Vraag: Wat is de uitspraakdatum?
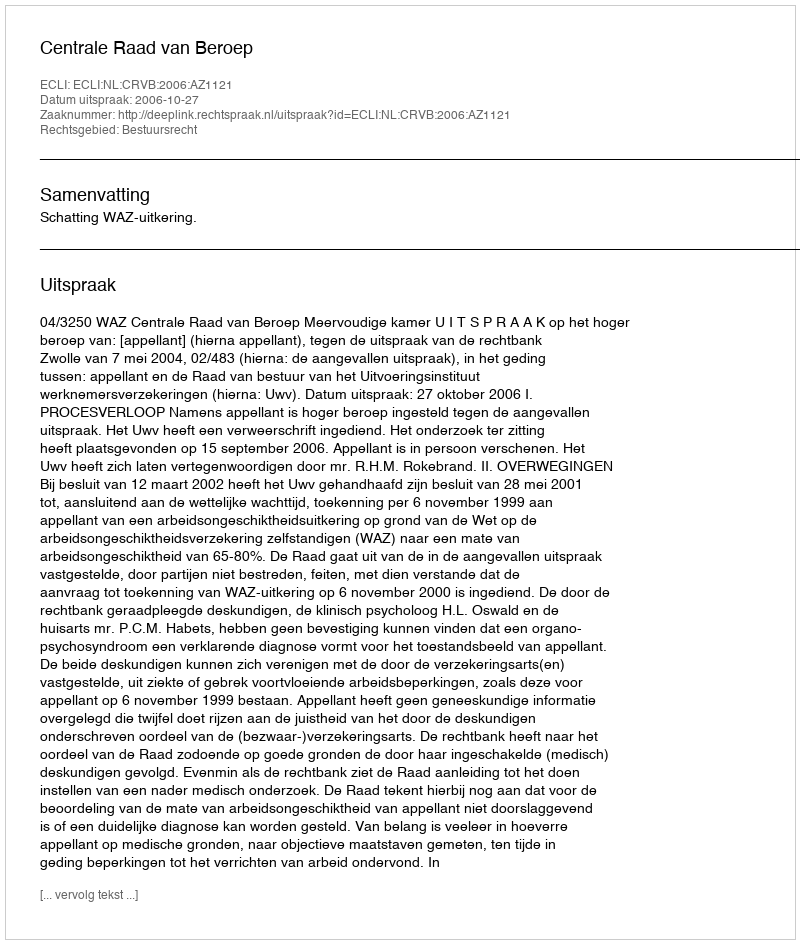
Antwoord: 2006-10-27